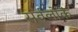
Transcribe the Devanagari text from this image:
सर्वलोकं